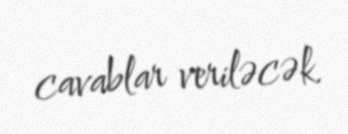
cavablar veriləcək.